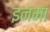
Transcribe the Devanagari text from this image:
इनमा